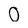
Character: 0